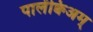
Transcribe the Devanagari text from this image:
पालेंक्विअम्‌